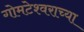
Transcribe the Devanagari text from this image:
गोमटेश्‍वराच्या